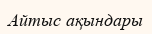
Айтыс ақындары